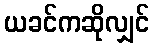
ယခင်ကဆိုလျှင်